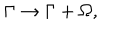
LaTeX: \Gamma \rightarrow \Gamma + \Omega ,